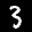
Label: 3